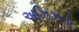
અઝિઝનો